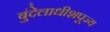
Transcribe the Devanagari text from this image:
बुंदेलाधीशपूज्य